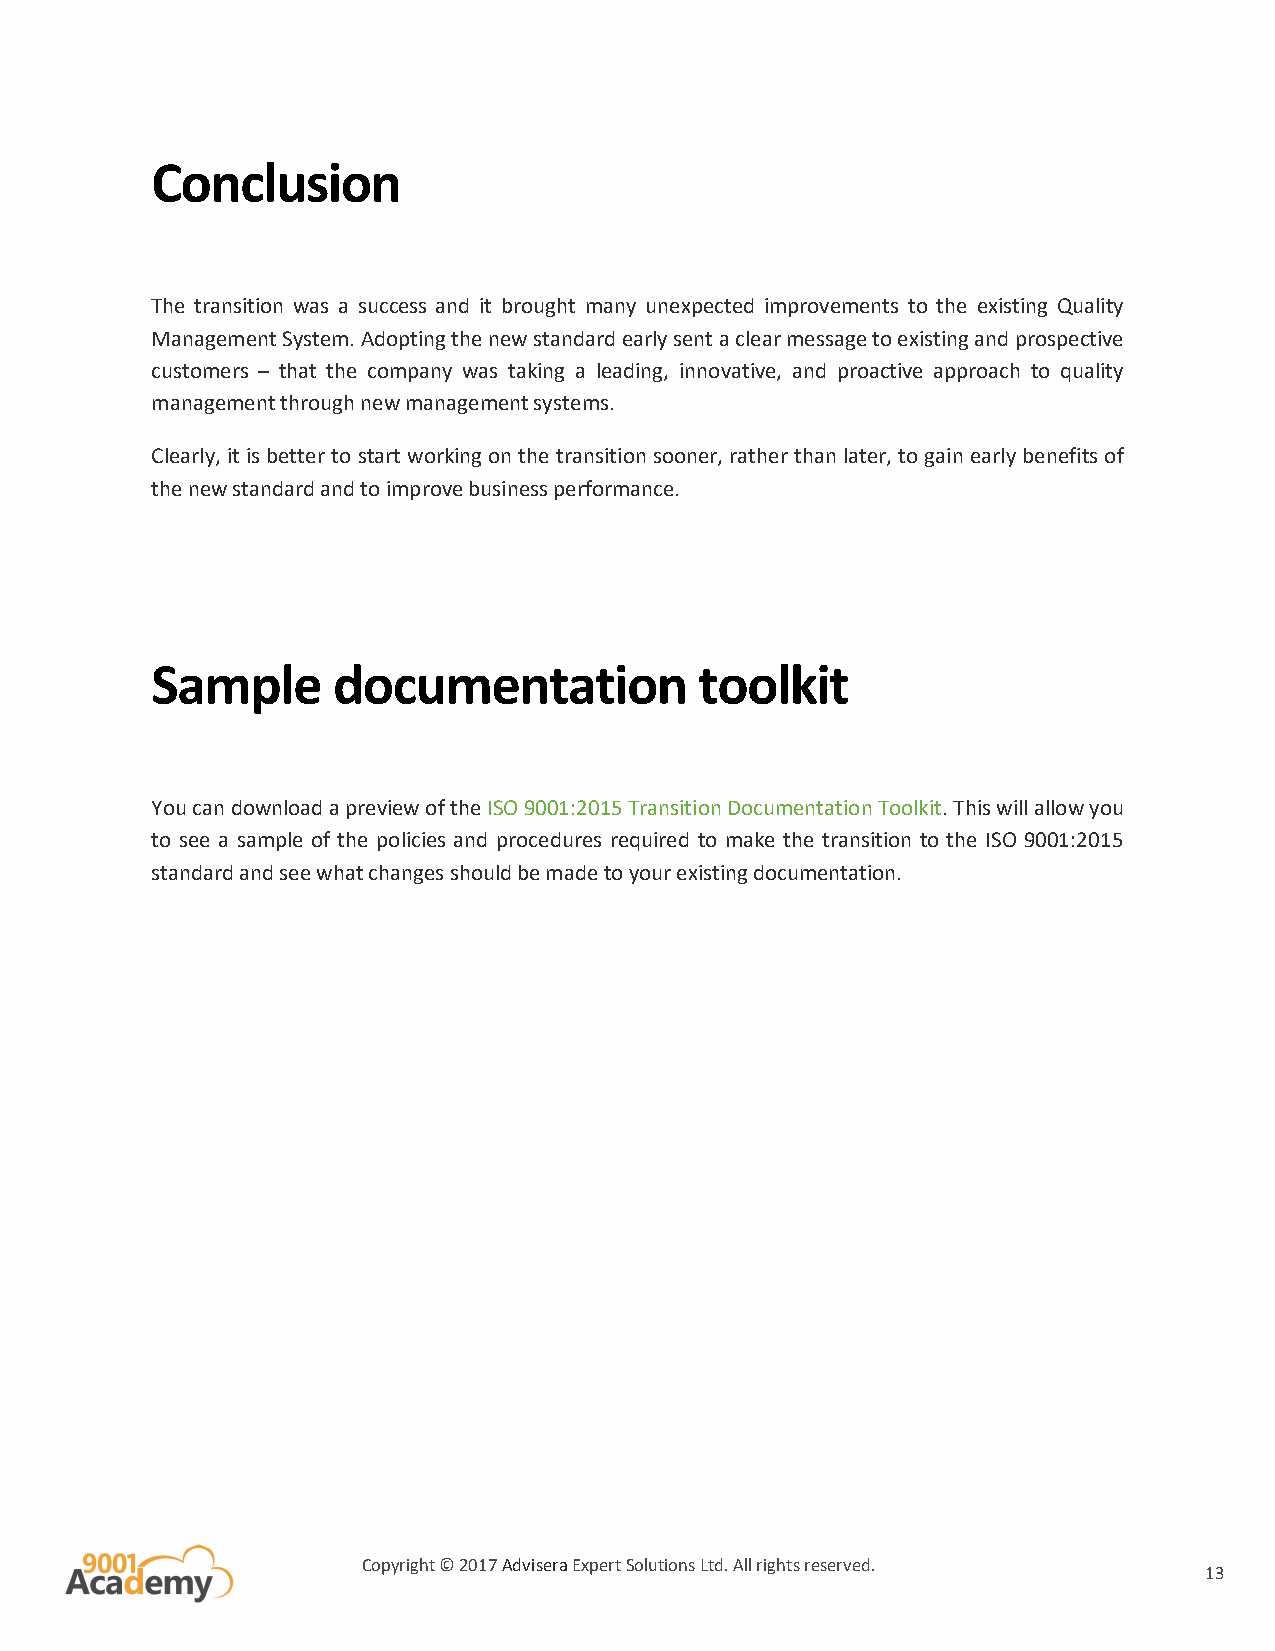
Conclusion
 The transition was a success and it brought many unexpected improvements to the existing Quality
 Management System. Adopting the new standard early sent a clear message to existing and prospective
 customers – that the company was taking a leading, innovative, and proactive approach to quality
 management through new management systems.
 Clearly, it is better to start working on the transition sooner, rather than later, to gain early benefits of
 the new standard and to improve business performance.
 Sample      documentation           toolkit
 You can download a preview of the ISO 9001:2015 Transition Documentation Toolkit. This will allow you
 to see a sample of the policies and procedures required to make the transition to the ISO 9001:2015
 standard and see what changes should be made to your existing documentation.
 Copyright © 2017 Advisera Expert Solutions Ltd. All rights reserved.
 13